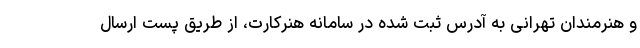
و هنرمندان تهرانی به آدرس ثبت شده در سامانه هنرکارت، از طریق پست ارسال